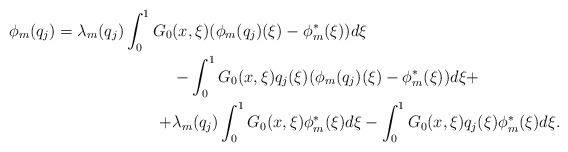
LaTeX: \begin{align*}\phi_m(q_j) = \lambda_m(q_j) \int_0^1 G_0&(x,\xi)(\phi_m(q_j)(\xi)-\phi^*_m(\xi))d\xi \\&-\int_0^1 G_0(x,\xi) q_j(\xi) (\phi_m(q_j)(\xi)-\phi^*_m(\xi))d\xi+ \\+&\lambda_m(q_j) \int_0^1 G_0(x,\xi)\phi^*_m(\xi)d\xi -\int_0^1 G_0(x,\xi) q_j(\xi) \phi^*_m(\xi)d\xi.\end{align*}